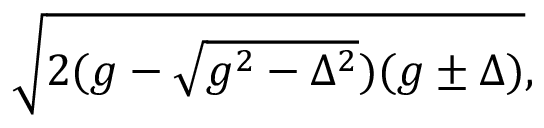
\begin{array} { r } { \sqrt { 2 ( g - \sqrt { g ^ { 2 } - \Delta ^ { 2 } } ) ( g \pm \Delta ) } , } \end{array}